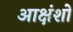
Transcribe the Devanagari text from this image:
आक्षंशों